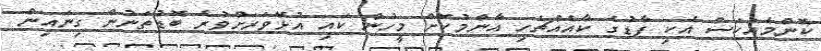
ކޮންމެއަކަސް އެކި ފާޑުގެ ކާއެއްޗެހި އާންމުކޮށް މީހުން ކައި އުޅޭވަރަށްވުރެ ބޮޑުތަނުން ގިނައިން